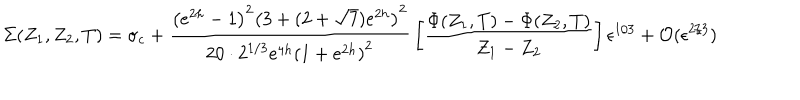
LaTeX: \Sigma ( Z _ { 1 } , Z _ { 2 } , T ) = \sigma _ { c } + { \frac { \left( e ^ { 2 h } - 1 \right) ^ { 2 } \left( 3 + ( 2 + \sqrt { 7 } ) e ^ { 2 h } \right) ^ { 2 } } { 2 0 \cdot 2 ^ { 1 / 3 } e ^ { 4 h } \left( 1 + e ^ { 2 h } \right) ^ { 2 } } } \left[ { \frac { \Phi ( Z _ { 1 } , T ) - \Phi ( Z _ { 2 } , T ) } { Z _ { 1 } - Z _ { 2 } } } \right] \epsilon ^ { 1 / 3 } + { \cal O } ( \epsilon ^ { 2 / 3 } )